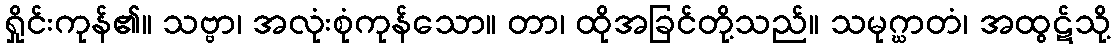
ရှိုင်းကုန်၏။ သဗ္ဗာ၊ အလုံးစုံကုန်သော။ တာ၊ ထိုအခြင်တို့သည်။ သမုဂ္ဃာတံ၊ အထွဋ်သို့